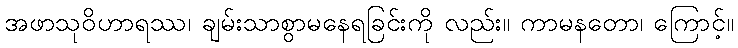
အဖာသုဝိဟာရဿ၊ ချမ်းသာစွာမနေရခြင်းကို လည်း။ ကာမနတော၊ ကြောင့်။